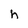
Character: h